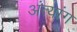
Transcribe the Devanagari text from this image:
अंत्यांग